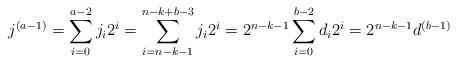
LaTeX: \begin{align*}j^{(a - 1)} =\sum_{i = 0}^{a - 2} j_i2^i = \sum_{i = n - k - 1}^{n - k + b - 3} j_i2^i = 2^{n - k - 1}\sum_{i = 0}^{b - 2} d_i2^i = 2^{n - k - 1}d^{(b - 1)}\end{align*}